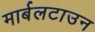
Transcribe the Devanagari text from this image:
मार्बलटाउन